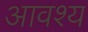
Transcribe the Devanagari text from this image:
आवश्‍य